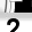
Digit: 2